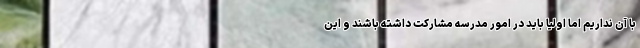
با آن نداریم اما اولیا باید در امور مدرسه مشارکت داشته باشند و این